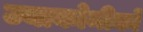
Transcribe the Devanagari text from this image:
ज्याकोमीको